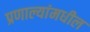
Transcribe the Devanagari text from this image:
प्रणाल्यांमधील